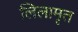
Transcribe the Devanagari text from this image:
लिलामृत